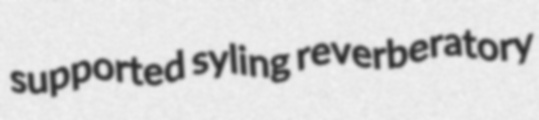
supported syling reverberatory